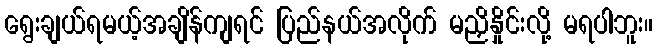
ရွေးချယ်ရမယ့်အချိန်ကျရင် ပြည်နယ်အလိုက် မညှိနှိုင်းလို့ မရပါဘူး။